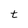
Character: t